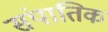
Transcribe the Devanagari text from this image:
संपातिक